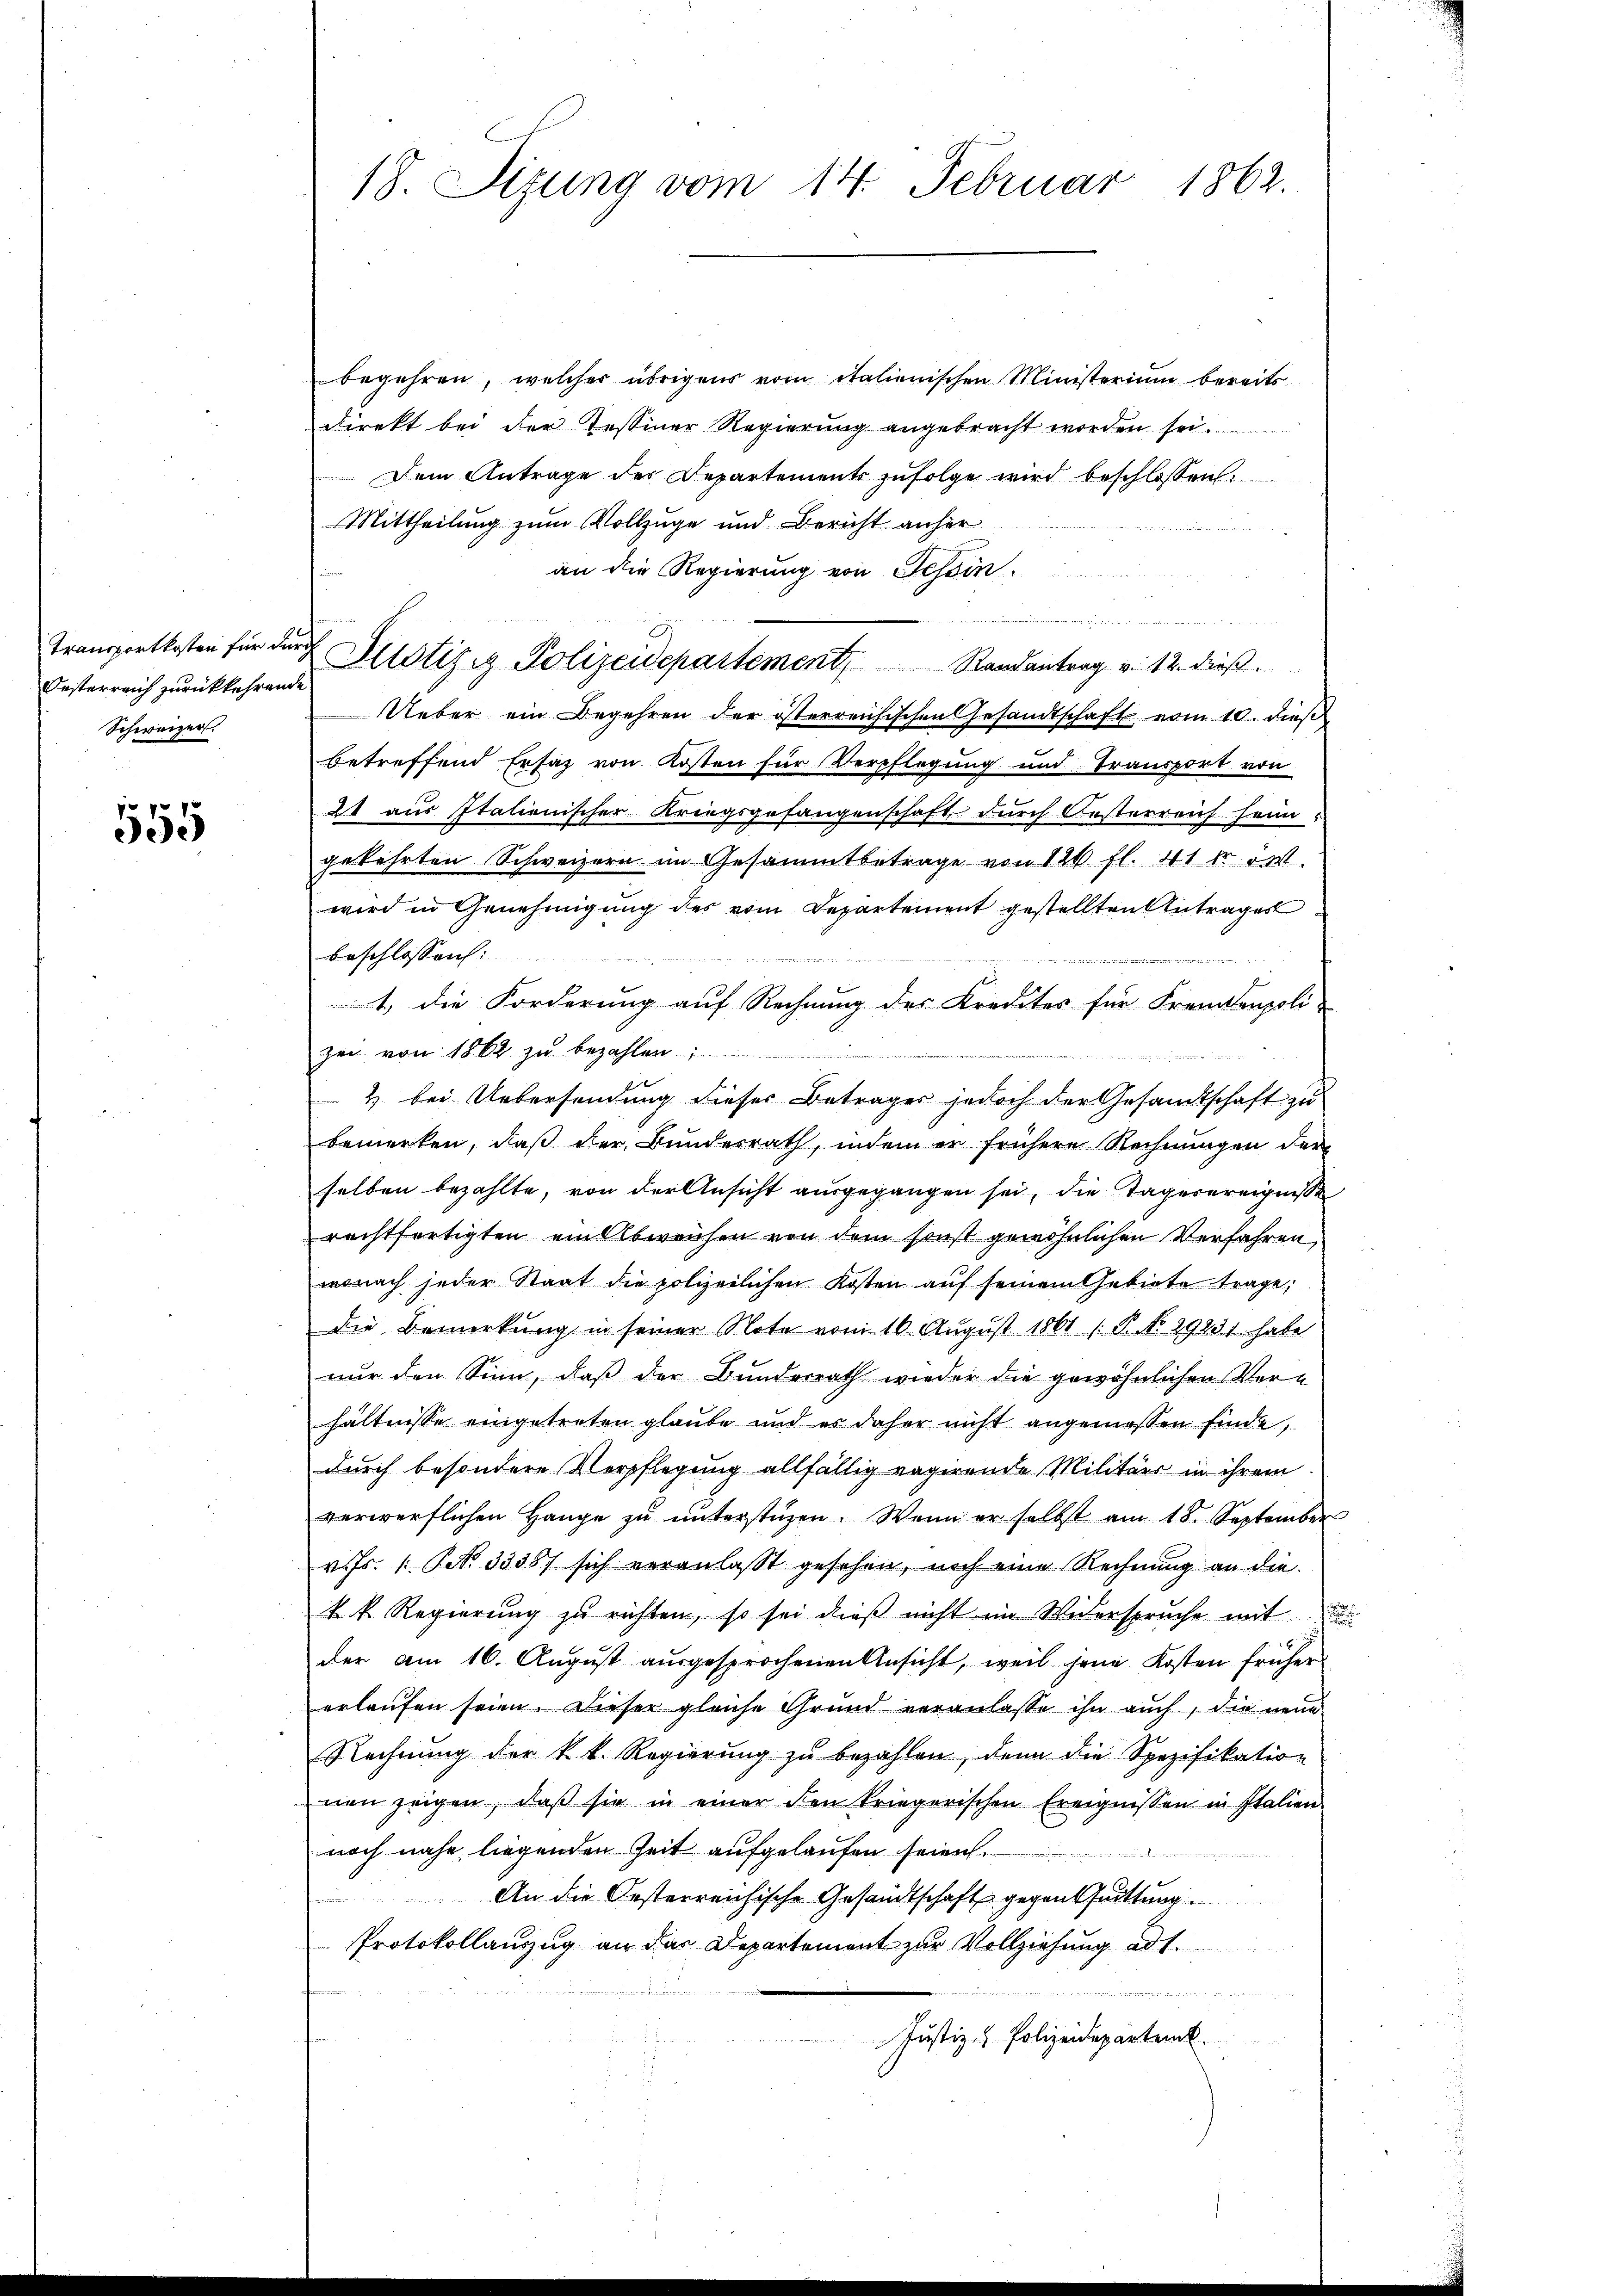
Festerreich zurückkehrende
Schweizer.

555

begehren, welcher übrigens vom italienischen Ministerium bereits
direkt bei der Tessiner Regierŭng angebracht worden sei.
Dem Antrage des Departements zufolge wird beschlossen:
Mittheilung zum Vollzuge und Bericht anher
an die Regierung von Tessin.
u
n
Transportkosten für durch Pilotiziz. Polizeidepartement Randantrag v. 12. dieß.
Ueber ein Begehren der österreichischen Gesandtschaft vom 10. dieß
betreffend Ersatz von Kosten für Verpflegung und Transport von
2 aus Italienischer Kriegsgefangenschaft durch Oesterreich heim
gekehrten Schweizern im Gesammtbetrage von 126 fl. 41 kr ört
wird in Genehmigung des vom Departement gestellten Antrages
beschlossen:
un
deigen

1., die Forderung auf Rechnung des Kredites für Fremdenpoli-
zei von 1862 zu bezahlen.
2 bei Uebersendung dieser Betrages jedoch der Gesandtschaft zu
bemerken, daß der Bundesrath, indem er frühere Rechnŭngen der
selben bezahlte, von der Ansicht ausgegangen sei, die Tagerereigniße
rechtfertigten ein Abweisen von dem sonst gewöhnlichen Verfahren,
wonach jeder Staat die polizeilichen Kosten auf seinem Gebiete trage,
die Bemerkung in seiner Note vom 16. August 1861 P. No 2925.1. habe
nur den Sinn, daß der Bundesrath wieder die gewöhnlichen Verhältnisse eingetreten glaube und es daher nicht angemessen finde
durch besondere Verpflegung allfällig vagirende Militärs in ihrem
verwerflichen Hange zŭ ŭnterstüzen. Wenn er selbst am 18. September
v. Js. 1. No. 33387 sich veranlasst gesehen, noch eine Rechnung an die
k. k. Regierŭng zŭ richten, so sei dieβ nicht im Widerspruche mit
der am 16. Aŭgŭst aŭsgesprochenen Ansicht, weil jene Kosten früher
erlaufen seien. Dieser gleiche Grund veranlasse ihn auch, die neue
Rechnŭng der k. k. Regierŭng zŭ bezahlen, denn die Spezifikation
nen zeigen, daß sie in einer von kriegerischen Ereignissen in Italien
noch nahe, liegenden Zeit aufgelaufen seien.
 eingen eine Wittieru
An die Oesterreichische Gesandtschaft gegenthuittung.
Protokollanzug an das Departement zur Vollziehung ad 1.

Justiz- & Polizeidepartemb.

18. Sizung vom 14. Februar 1862.